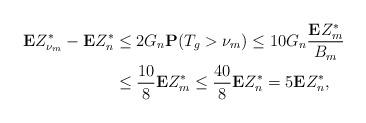
LaTeX: \begin{align*} \mathbf{E}Z^*_{\nu_m}-\mathbf{E}Z^*_n &\le2G_n \mathbf{P}(T_g>\nu_m)\le 10G_n\frac{\mathbf{E}Z^*_m}{B_m}\\ &\le \frac{10}{8}\mathbf{E}Z^*_m \le \frac{40}{8}\mathbf{E}Z^*_n=5\mathbf{E}Z^*_n,\end{align*}